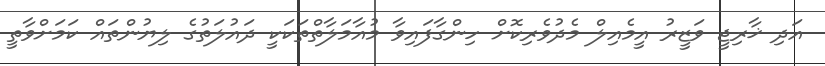
އަދި ޚާރިޖީ ވަޒީރު އީމެއިލް މެދުވެރިކޮށް ހިންގާފައިވާ މުއާމަލާތްތަކަކީ ދައުލަތުގެ ލިޔުންތައް ކަމަށްވާތީ